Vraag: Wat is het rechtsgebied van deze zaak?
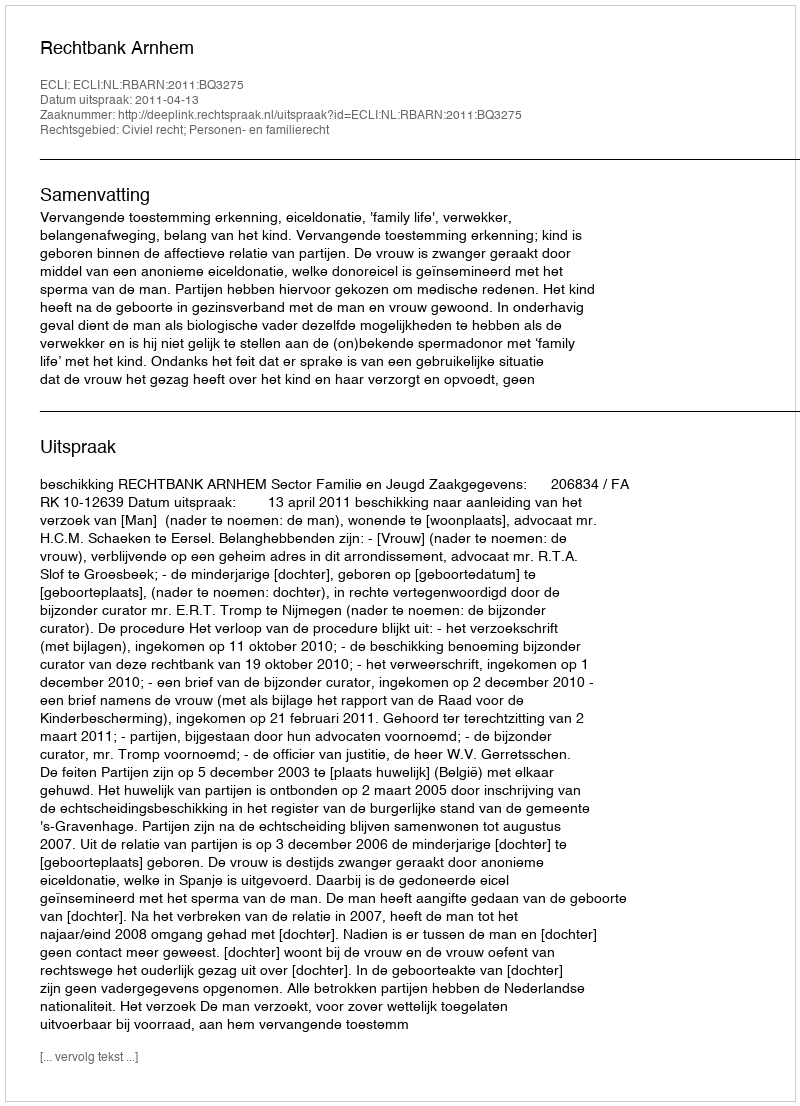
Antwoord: Civiel recht; Personen- en familierecht